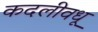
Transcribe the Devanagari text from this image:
कदलीवधू